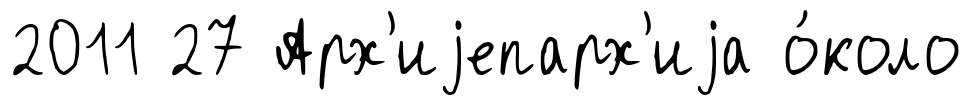
2011 27 Арх'иjепарх'иjа о́коло